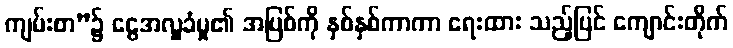
ကျမ်းစာ”၌ ငွေအလှူခံမှု၏ အပြစ်ကို နှစ်နှစ်ကာကာ ရေးထား သည့်ပြင် ကျောင်းတိုက်